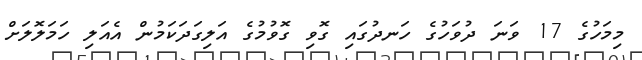
މިމަހުގެ 17 ވަނަ ދުވަހުގެ ހަނދުގައި ގޮވި ގޮވުމުގެ އަލިގަދަކަމުން އެއަލި ހަމަލޮލަށް